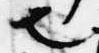
也